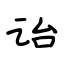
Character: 诒